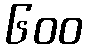
၆၀၀